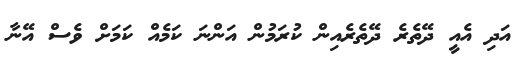
އަދި އެއީ ދޭތެރެ ދޭތެރެއިން ކުރަމުން އަންނަ ކަމެއް ކަމަށް ވެސް އޭނާ